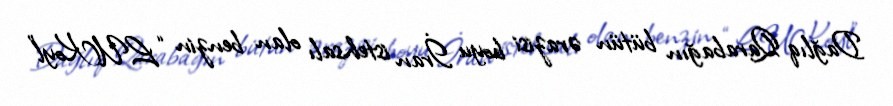
Dağlıq Qarabağın bütün ərazisi boyu İran istehsalı olan benzin “LUKoyl”